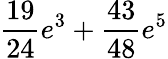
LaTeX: \frac{19}{24}e^{3}+\frac{43}{48}e^{5}